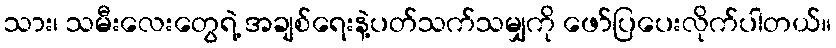
သား၊ သမီးလေးတွေရဲ့ အချစ်ရေးနဲ့ပတ်သက်သမျှကို ဖော်ပြပေးလိုက်ပါတယ်။